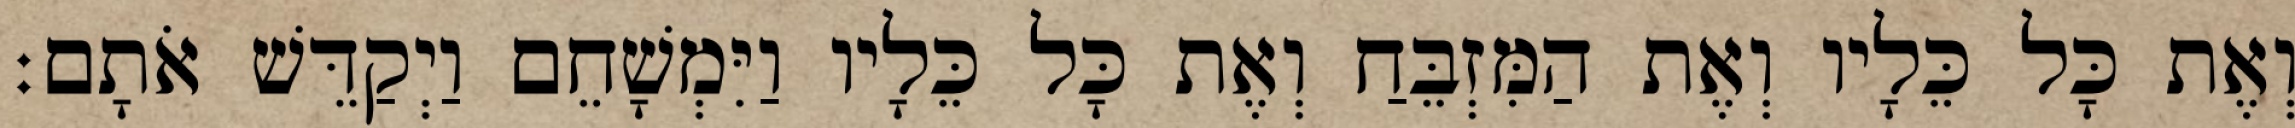
וְאֶת כָּל כֵּלָיו וְאֶת הַמִּזְבֵּחַ וְאֶת כָּל כֵּלָיו וַיִּמְשָׁחֵם וַיְקַדֵּשׁ אֹתָם׃